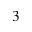
^ 3